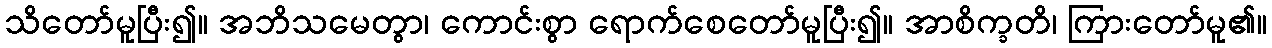
သိတော်မူပြီး၍။ အဘိသမေတွာ၊ ကောင်းစွာ ရောက်စေတော်မူပြီး၍။ အာစိက္ခတိ၊ ကြားတော်မူ၏။